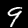
Digit: 9